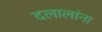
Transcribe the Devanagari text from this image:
दलालांना